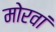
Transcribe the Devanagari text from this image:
मोरवां